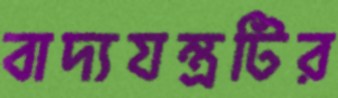
বাদ্যযন্ত্রটির